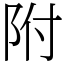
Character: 附